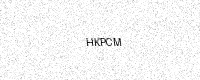
Text: HKPCM